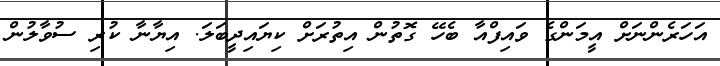
އަހަރެންނަށް އީމަންގެ ވައިފްއާ ބެހޭ ގޮތުން އިތުރަށް ކިޔައިދީބަލަ. އިޔާނާ ކުރި ސުވާލުން